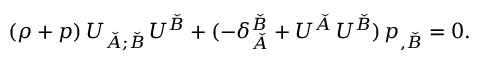
( \rho + p ) \, U _ { \check { A } ; \check { B } } \, U ^ { \check { B } } + ( - \delta _ { \check { A } } ^ { \check { B } } + U ^ { \check { A } } \, U ^ { \check { B } } ) \, p _ { , \check { B } } = 0 .